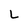
Character: L